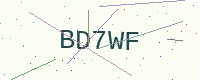
Text: BD7WF